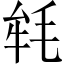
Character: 𣭰